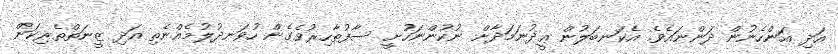
އަދި އަންހެނުން ދަންނައެވެ. އެކަނބަލުން ޢީދުނަމަދާށް ނުކުންނަހުށީ ސާފުޠާހިރުވެގެން ހުވަނދުލުމެއްނެތި އަދި ޒީނަތްތެރިކަން